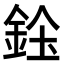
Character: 𨦓